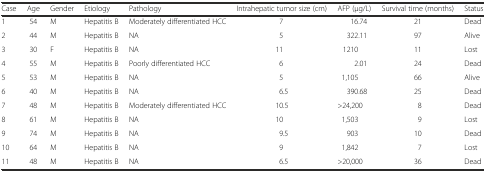
| Case | Age | Gender | Etiology | Pathology | Intrahepatic tumor size (cm) | AFP (μg/L) | Survival time (months) | Status |
 | --- | --- | --- | --- | --- | --- | --- | --- | --- |
 | 1 | 54 | M | Hepatitis B | Moderately differentiated HCC | 7 | 16.74 | 21 | Dead |
 | 2 | 44 | M | Hepatitis B | NA | 5 | 322.11 | 97 | Alive |
 | 3 | 30 | F | Hepatitis B | NA | 11 | 1210 | 11 | Lost |
 | 4 | 55 | M | Hepatitis B | Poorly differentiated HCC | 6 | 2.01 | 24 | Dead |
 | 5 | 53 | M | Hepatitis B | NA | 5 | 1,105 | 66 | Alive |
 | 6 | 40 | M | Hepatitis B | NA | 6.5 | 390.68 | 25 | Dead |
 | 7 | 48 | M | Hepatitis B | Moderately differentiated HCC | 10.5 | >24,200 | 8 | Dead |
 | 8 | 61 | M | Hepatitis B | NA | 10 | 1,503 | 9 | Lost |
 | 9 | 74 | M | Hepatitis B | NA | 9.5 | 903 | 10 | Dead |
 | 10 | 64 | M | Hepatitis B | NA | 9 | 1,842 | 7 | Lost |
 | 11 | 48 | M | Hepatitis B | NA | 6.5 | >20,000 | 36 | Dead |